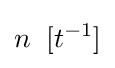
n\;\;[t^{-1}]